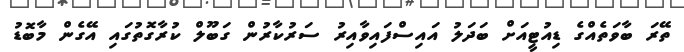
ތޭރަ ބާވަތެއްގެ ޑިއުޓީއަށް ބަދަލު އައިސްފައިވާއިރު ސަރުކާރުން ގަބޫލް ކުރާގޮތުގައި އޭގެން މާބޮޑު